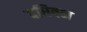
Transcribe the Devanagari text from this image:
दघिबन